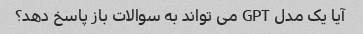
آیا یک مدل GPT می تواند به سوالات باز پاسخ دهد؟